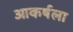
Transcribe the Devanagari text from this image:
आकर्षला